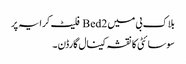
بلاک بی میں 2 Bed فلیٹ کرایہ پر
سوسائٹی کا نقشہ کینال گارڈن ۔